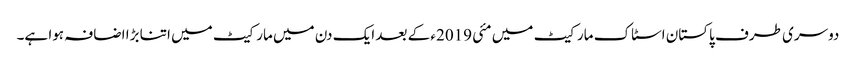
دوسری طرف پاکستان اسٹاک مارکیٹ میں مئی 2019ء کے بعد ایک دن میں مارکیٹ میں اتنا بڑا اضافہ ہوا ہے۔